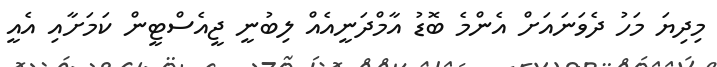
މިދިޔަ މަހު ދެވަނައަށް އެންމެ ބޮޑު އާމްދަނީއެއް ލިބުނީ ޖީއެސްޓީން ކަމަށާއި އެއީ